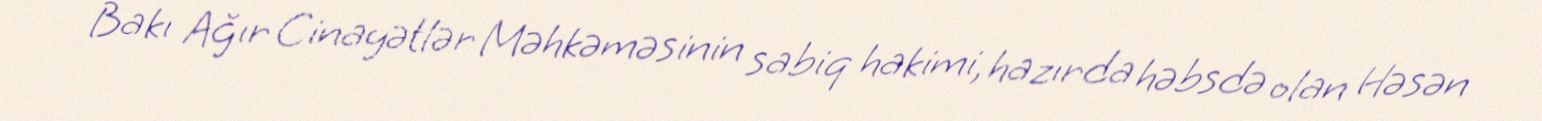
Bakı Ağır Cinayətlər Məhkəməsinin sabiq hakimi, hazırda həbsdə olan Həsən